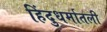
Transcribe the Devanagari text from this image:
हिंदुधर्मातली